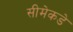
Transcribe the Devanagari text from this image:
सीमेकडे